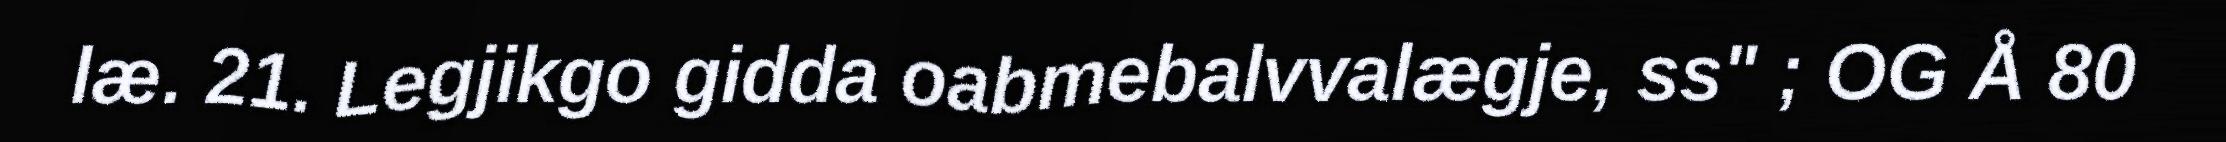
læ. 21. Legjikgo gidda oabmebalvvalægje, ss" ; OG Å 80